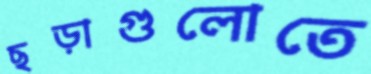
ছড়াগুলোতে